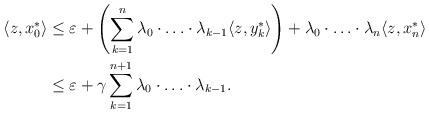
LaTeX: \begin{align*} \langle z, x_{0}^{\ast} \rangle & \leq \varepsilon + \left(\sum_{k=1}^{n}{\lambda_{0} \cdot \ldots \cdot \lambda_{k-1} \langle z, y_{k}^{\ast} \rangle}\right) + \lambda_{0} \cdot \ldots \cdot \lambda_{n} \langle z, x_{n}^{\ast} \rangle\\ & \leq \varepsilon + \gamma \sum_{k=1}^{n+1}{\lambda_{0} \cdot \ldots \cdot \lambda_{k-1}}. \end{align*}